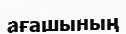
ағашының